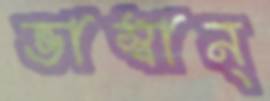
ভাস্বান্‌